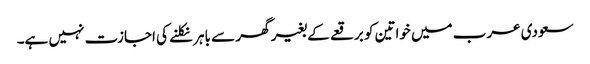
سعودی عرب میں خواتین کو برقعے کے بغیر گھر سے باہر نکلنے کی اجازت نہیں ہے۔